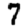
Digit: 7